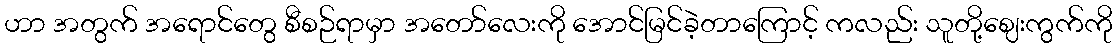
ဟာ အတွက် အရောင်တွေ စီစဉ်ရာမှာ အတော်လေးကို အောင်မြင်ခဲ့တာကြောင့် ကလည်း သူတို့ဈေးကွက်ကို